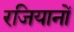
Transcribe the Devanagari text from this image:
रजियानों